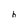
Character: h